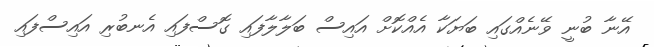
އޭނާ ބުނީ ވޭނެއްގައި ބަޔަކާ އެއްކޮށް އައިސް ބަލާލާފައި ގޮސްފައި އެނބުރި އައިސްފައި